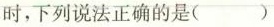
时，下列说法正确的是()